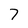
Character: 7